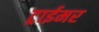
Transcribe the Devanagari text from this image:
ट्राईमर